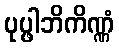
ပုပ္ဖါဘိကိဏ္ဏံ